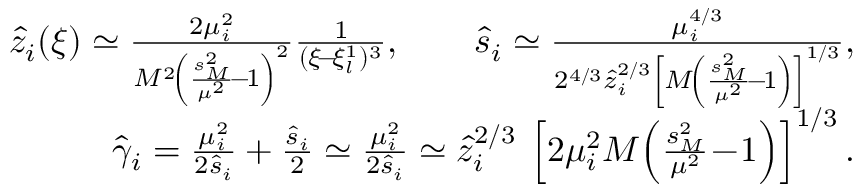
\begin{array} { r } { \hat { z } _ { i } ( \xi ) \simeq \frac { 2 \mu _ { i } ^ { 2 } } { M ^ { 2 } \! \left( \frac { s _ { { \scriptscriptstyle M } } ^ { 2 } } { \mu ^ { 2 } } \! - \! 1 \right) ^ { 2 } } \frac 1 { ( \xi \! - \! \xi _ { l } ^ { 1 } ) ^ { 3 } } , \qquad \hat { s } _ { i } \simeq \frac { \mu _ { i } ^ { 4 / 3 } } { 2 ^ { 4 / 3 } \hat { z } _ { i } ^ { 2 / 3 } \left[ M \! \left( \frac { s _ { { \scriptscriptstyle M } } ^ { 2 } } { \mu ^ { 2 } } \! - \! 1 \right) \right] ^ { 1 / 3 } } , } \\ { \hat { \gamma } _ { i } = \frac { \mu _ { i } ^ { 2 } } { 2 \hat { s } _ { i } } + \frac { \hat { s } _ { i } } 2 \simeq \frac { \mu _ { i } ^ { 2 } } { 2 \hat { s } _ { i } } \simeq \hat { z } _ { i } ^ { 2 / 3 } \: \left[ 2 \mu _ { i } ^ { 2 } M \! \left( \frac { s _ { { \scriptscriptstyle M } } ^ { 2 } } { \mu ^ { 2 } } \! - \! 1 \right) \right] ^ { 1 / 3 } . } \end{array}